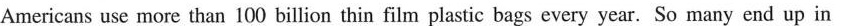
Americans use more than 100 billion thin film plastic bags every year. So many end up in